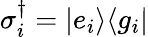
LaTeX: \sigma_{i}^{\dagger}=|e_{i}\rangle\langle g_{i}|